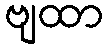
ဗျထာ